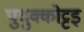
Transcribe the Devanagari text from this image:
पुदुक्कोट्टइ